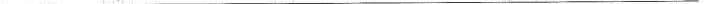
___